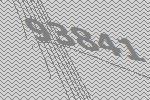
93841